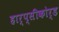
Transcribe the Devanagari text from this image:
हार्प्सीकोर्ड